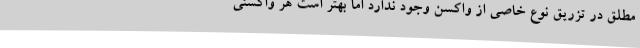
مطلق در تزریق نوع خاصی از واکسن وجود ندارد اما بهتر است هر واکسنی